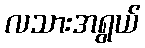
လသားအရွယ်